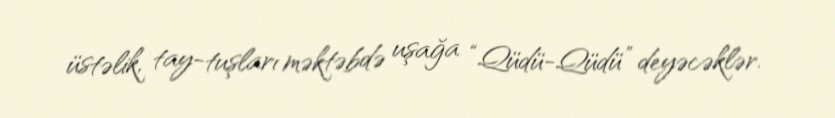
üstəlik, tay-tuşları məktəbdə uşağa “Qüdü-Qüdü” deyəcəklər.